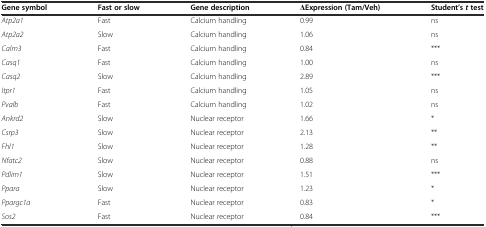
| Gene symbol | Fast or slow | Gene description | ΔExpression (Tam/Veh) | Student’sttest |
 | --- | --- | --- | --- | --- |
 | Atp2a1 | Fast | Calcium handling | 0.99 | ns |
 | Atp2a2 | Slow | Calcium handling | 1.06 | ns |
 | Calm3 | Fast | Calcium handling | 0.84 | *** |
 | Casq1 | Fast | Calcium handling | 1.00 | ns |
 | Casq2 | Slow | Calcium handling | 2.89 | *** |
 | Itpr1 | Fast | Calcium handling | 1.05 | ns |
 | Pvalb | Fast | Calcium handling | 1.02 | ns |
 | Ankrd2 | Slow | Nuclear receptor | 1.66 | * |
 | Csrp3 | Slow | Nuclear receptor | 2.13 | ** |
 | Fhl1 | Slow | Nuclear receptor | 1.28 | ** |
 | Nfatc2 | Slow | Nuclear receptor | 0.88 | ns |
 | Pdlim1 | Slow | Nuclear receptor | 1.51 | *** |
 | Ppara | Slow | Nuclear receptor | 1.23 | * |
 | Ppargc1a | Fast | Nuclear receptor | 0.83 | * |
 | Sos2 | Fast | Nuclear receptor | 0.84 | *** |